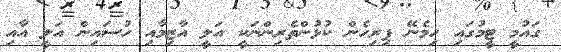
ގައުމީ ޓީމުގައި ހިމެނޭ ފިރިހެން ކުޅުންތެރިންނަކީ އަލީ އާޒިމާއި ހުސައިން އަލީ އާއި